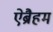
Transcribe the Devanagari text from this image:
ऐब्रैहम